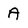
Character: A